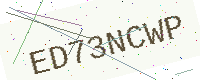
Text: ED73NCWP